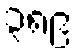
၃၈၉